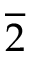
\overline { { 2 } }